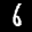
Label: 6